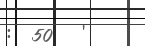
:  50   '